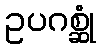
ဥပဂစ္ဆုံ